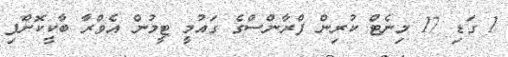
1 ގަޑި 17 މިނެޓް ކުރިން ފްރާންސްގެ ގައުމީ ޓީމުން އެވްރާ ބާކީކޮށްފި